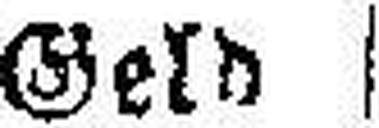
Geld